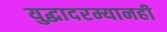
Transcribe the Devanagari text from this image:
युद्धादरम्यानही